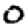
Digit: 0